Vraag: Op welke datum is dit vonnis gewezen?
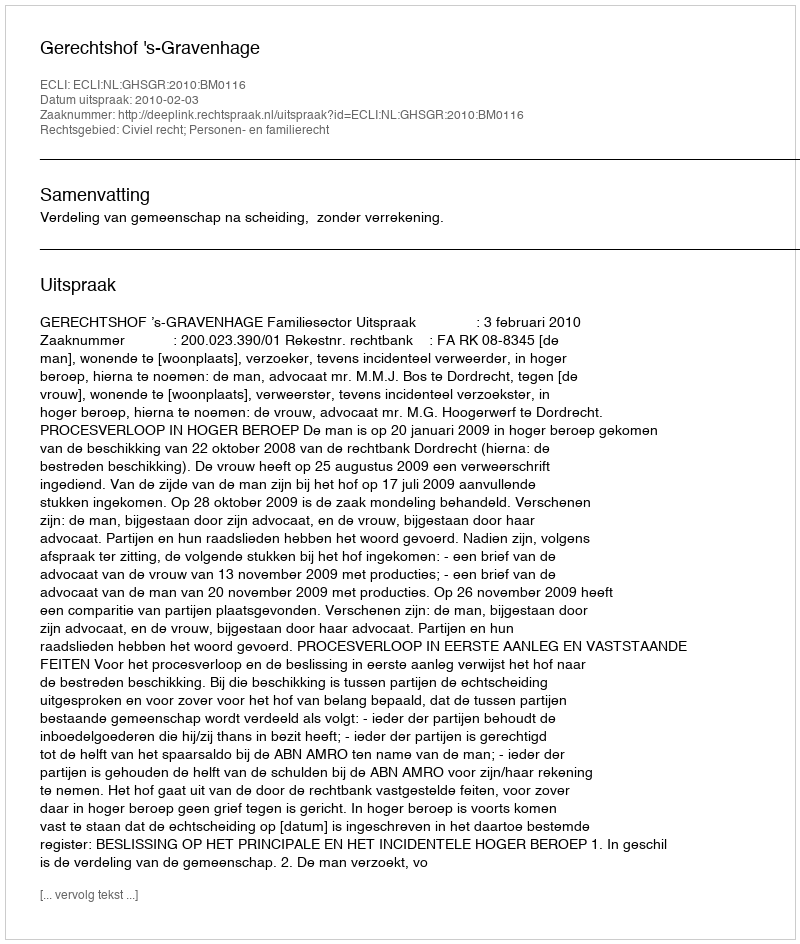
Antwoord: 2010-02-03